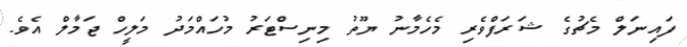
ފައިނަލް މެޗުގެ ޝަރަފްވެރި މެހެމާނު ޔޫތު މިނިސްޓަރު މުހައްމަދު މަލީހް ޖަމާލް އެވެ.